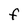
Character: F